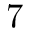
7